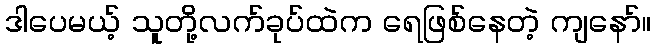
ဒါပေမယ့် သူတို့လက်ခုပ်ထဲက ရေဖြစ်နေတဲ့ ကျနော်။